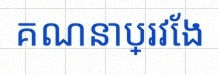
គណនាប្រវែង